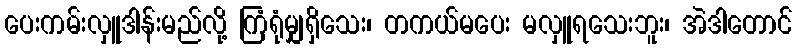
ပေးကမ်းလှူဒါန်းမည်လို့ ကြံရုံမျှရှိသေး၊ တကယ်မပေး မလှူရသေးဘူး၊ အဲဒါတောင်